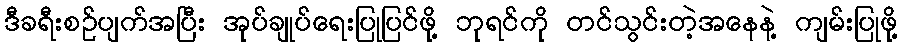
ဒီခရီးစဉ်ပျက်အပြီး အုပ်ချုပ်ရေးပြုပြင်ဖို့ ဘုရင်ကို တင်သွင်းတဲ့အနေနဲ့ ကျမ်းပြုဖို့